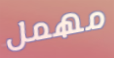
مهمل